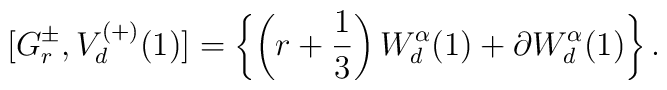
[G^\pm_r,V^{(+)}_d(1)]=\left\{\left(r+{1\over3}\right)	W^\alpha_d(1)+\partial W^\alpha_d(1)\right\}.